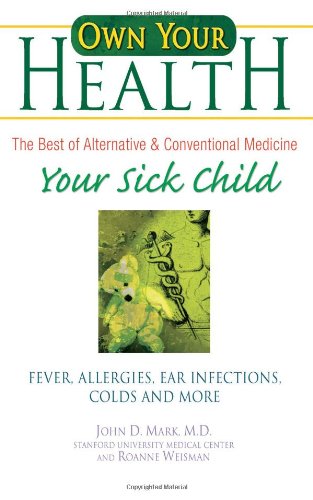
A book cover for Own Your Health : Your Sick Child: Fever, Allergies, Ear Infections, Colds and More; John Mark; Health, Fitness & Dieting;